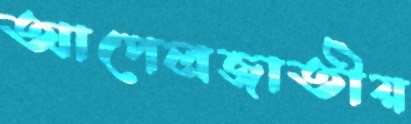
আপেলজাতীয়